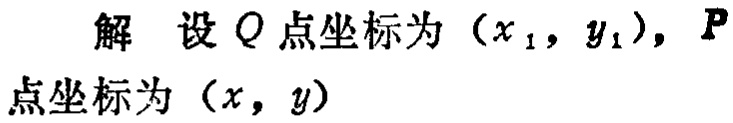
解 设 \(Q\) 点坐标为 \((x_1,y_1)\)，\(P\) 点坐标为 \((x,y)\)